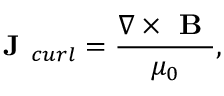
\textbf { J } _ { c u r l } = \frac { \nabla \times \textbf { B } } { \mu _ { 0 } } ,